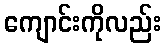
ကျောင်းကိုလည်း